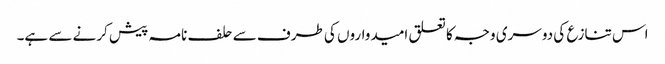
اس تنازع کی دوسری وجہ کا تعلق امیدواروں کی طرف سے حلف نامہ پیش کرنے سے ہے۔